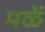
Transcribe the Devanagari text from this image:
मळें